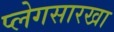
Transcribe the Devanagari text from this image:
प्लेगसारखा